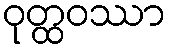
ဝုတ္ထဝဿာ